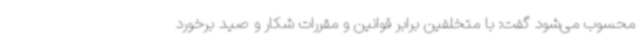
محسوب می‌شود گفت: با متخلفین برابر قوانین و مقررات شکار و صید برخورد